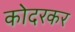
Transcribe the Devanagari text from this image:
कोदरकर